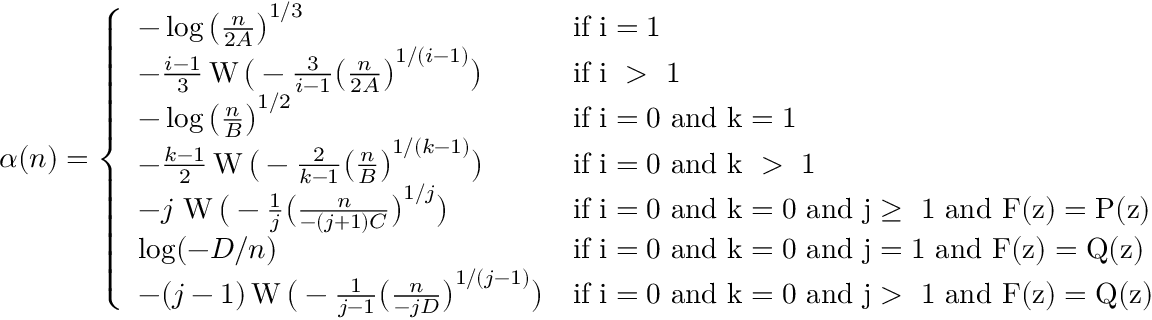
\alpha ( n ) = \left\{ \begin{array} { l l } { - \log \big ( \frac { n } { 2 A } \big ) ^ { 1 / 3 } } & { \mathrm { i f ~ i = 1 ~ } } \\ { - \frac { i - 1 } { 3 } \operatorname { W } \big ( - \frac { 3 } { i - 1 } \big ( \frac { n } { 2 A } \big ) ^ { 1 / ( i - 1 ) } \big ) } & { \mathrm { i f ~ i ~ > ~ 1 ~ } } \\ { - \log \big ( \frac { n } { B } \big ) ^ { 1 / 2 } } & { \mathrm { i f ~ i = 0 ~ a n d ~ k = 1 ~ } } \\ { - \frac { k - 1 } { 2 } \operatorname { W } \big ( - \frac { 2 } { k - 1 } \big ( \frac { n } { B } \big ) ^ { 1 / ( k - 1 ) } \big ) } & { \mathrm { i f ~ i = 0 ~ a n d ~ k ~ > ~ 1 ~ } } \\ { - j \! \ \operatorname { W } \big ( - \frac { 1 } { j } \big ( \frac { n } { - ( j + 1 ) C } \big ) ^ { 1 / j } \big ) } & { \mathrm { i f ~ i = 0 ~ a n d ~ k = 0 ~ a n d ~ j \geq ~ 1 ~ a n d ~ F ( z ) = P ( z ) ~ } } \\ { \log ( { - D / n } ) } & { \mathrm { i f ~ i = 0 ~ a n d ~ k = 0 ~ a n d ~ j = 1 ~ a n d ~ F ( z ) = Q ( z ) ~ } } \\ { - ( j - 1 ) \operatorname { W } \big ( - \frac { 1 } { j - 1 } \big ( \frac { n } { - j D } \big ) ^ { 1 / ( j - 1 ) } \big ) } & { \mathrm { i f ~ i = 0 ~ a n d ~ k = 0 ~ a n d ~ j > ~ 1 ~ a n d ~ F ( z ) = Q ( z ) ~ } } \end{array} \right.